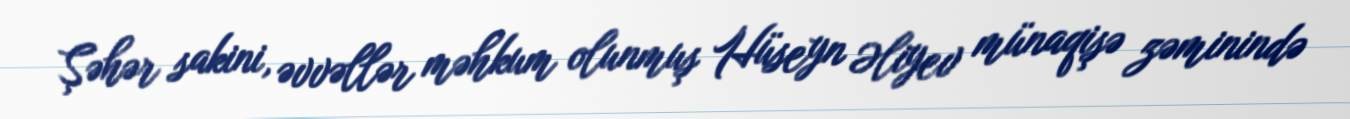
Şəhər sakini, əvvəllər məhkum olunmuş Hüseyn Əliyev münaqişə zəminində